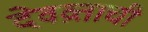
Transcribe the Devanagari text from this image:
देवव्रताची